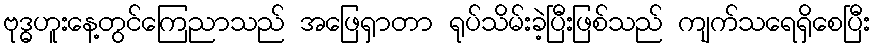
ဗုဒ္ဓဟူးနေ့တွင်ကြေညာသည် အဖြေရှာတာ ရုပ်သိမ်းခဲ့ပြီးဖြစ်သည် ကျက်သရေရှိစေပြီး